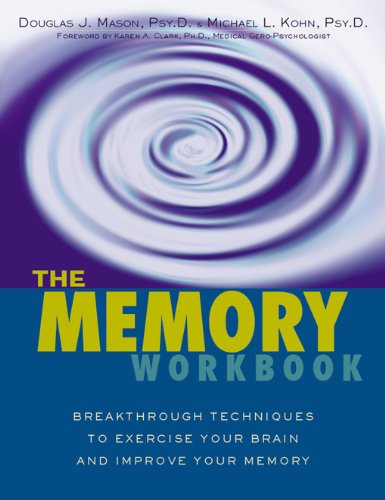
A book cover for The Memory Workbook: Breakthrough Techniques to Exercise Your Brain and Improve Your Memory; Douglas J. Mason; Self-Help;